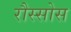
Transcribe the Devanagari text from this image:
रौस्सोस